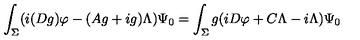
\int _ { \Sigma } ( i ( D g ) \varphi - ( A g + i g ) \Lambda ) \Psi _ { 0 } = \int _ { \Sigma } g ( i D \varphi + C \Lambda - i \Lambda ) \Psi _ { 0 }